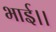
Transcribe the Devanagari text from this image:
भाई।।